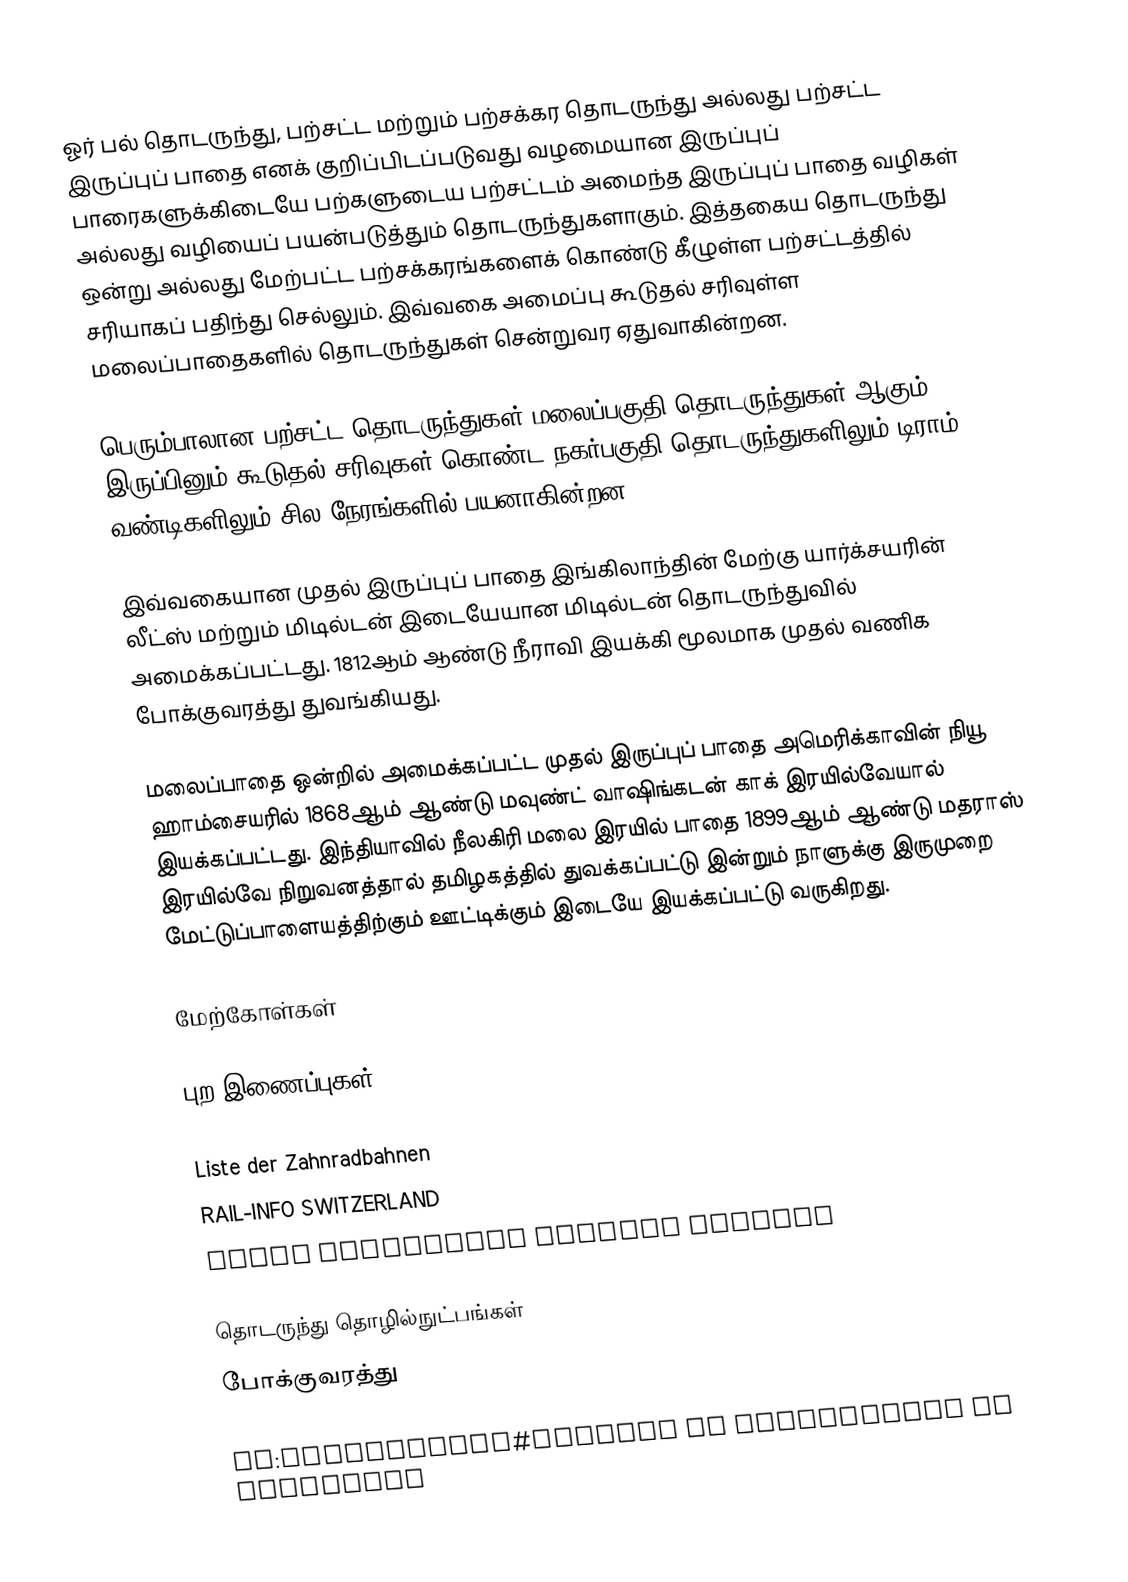
ஓர் பல் தொடருந்து, பற்சட்ட மற்றும் பற்சக்கர தொடருந்து அல்லது பற்சட்ட இருப்புப் பாதை எனக் குறிப்பிடப்படுவது வழமையான இருப்புப் பாரைகளுக்கிடையே பற்களுடைய பற்சட்டம் அமைந்த இருப்புப் பாதை வழிகள் அல்லது வழியைப் பயன்படுத்தும் தொடருந்துகளாகும். இத்தகைய தொடருந்து ஒன்று அல்லது மேற்பட்ட பற்சக்கரங்களைக் கொண்டு கீழுள்ள பற்சட்டத்தில் சரியாகப் பதிந்து செல்லும். இவ்வகை அமைப்பு கூடுதல் சரிவுள்ள மலைப்பாதைகளில் தொடருந்துகள் சென்றுவர ஏதுவாகின்றன.

பெரும்பாலான பற்சட்ட தொடருந்துகள் மலைப்பகுதி தொடருந்துகள் ஆகும். இருப்பினும் கூடுதல் சரிவுகள் கொண்ட நகர்பகுதி தொடருந்துகளிலும் டிராம் வண்டிகளிலும் சில நேரங்களில் பயனாகின்றன.

இவ்வகையான முதல் இருப்புப் பாதை இங்கிலாந்தின் மேற்கு யார்க்சயரின் லீட்ஸ் மற்றும் மிடில்டன் இடையேயான மிடில்டன் தொடருந்துவில் அமைக்கப்பட்டது. 1812ஆம் ஆண்டு நீராவி இயக்கி மூலமாக முதல் வணிக போக்குவரத்து துவங்கியது.

மலைப்பாதை ஒன்றில் அமைக்கப்பட்ட முதல் இருப்புப் பாதை அமெரிக்காவின் நியூ ஹாம்சையரில் 1868ஆம் ஆண்டு மவுண்ட் வாஷிங்கடன் காக் இரயில்வேயால் இயக்கப்பட்டது. இந்தியாவில் நீலகிரி மலை இரயில் பாதை 1899ஆம் ஆண்டு மதராஸ் இரயில்வே நிறுவனத்தால் தமிழகத்தில் துவக்கப்பட்டு இன்றும் நாளுக்கு இருமுறை மேட்டுப்பாளையத்திற்கும் ஊட்டிக்கும் இடையே இயக்கப்பட்டு வருகிறது.

மேற்கோள்கள்

புற இணைப்புகள்

 Liste der Zahnradbahnen
 RAIL-INFO SWITZERLAND
 Mount Washington Railway Company

தொடருந்து தொழில்நுட்பங்கள்
போக்குவரத்து

pt:Cremalheira#Sistema de cremalheira em ferrovias